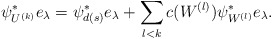
\begin{align*}\psi_{U^{(k)}}^*e_{\lambda}=\psi_{d(s)}^*e_{\lambda}+\sum_{l<k} c(W^{(l)})\psi_{W^{(l)}}^*e_{\lambda}.\end{align*}